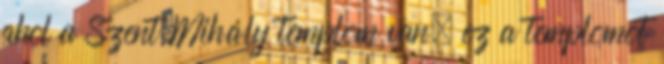
ahol a Szent Mihály templom van, ez a templomot